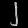
Digit: ၂